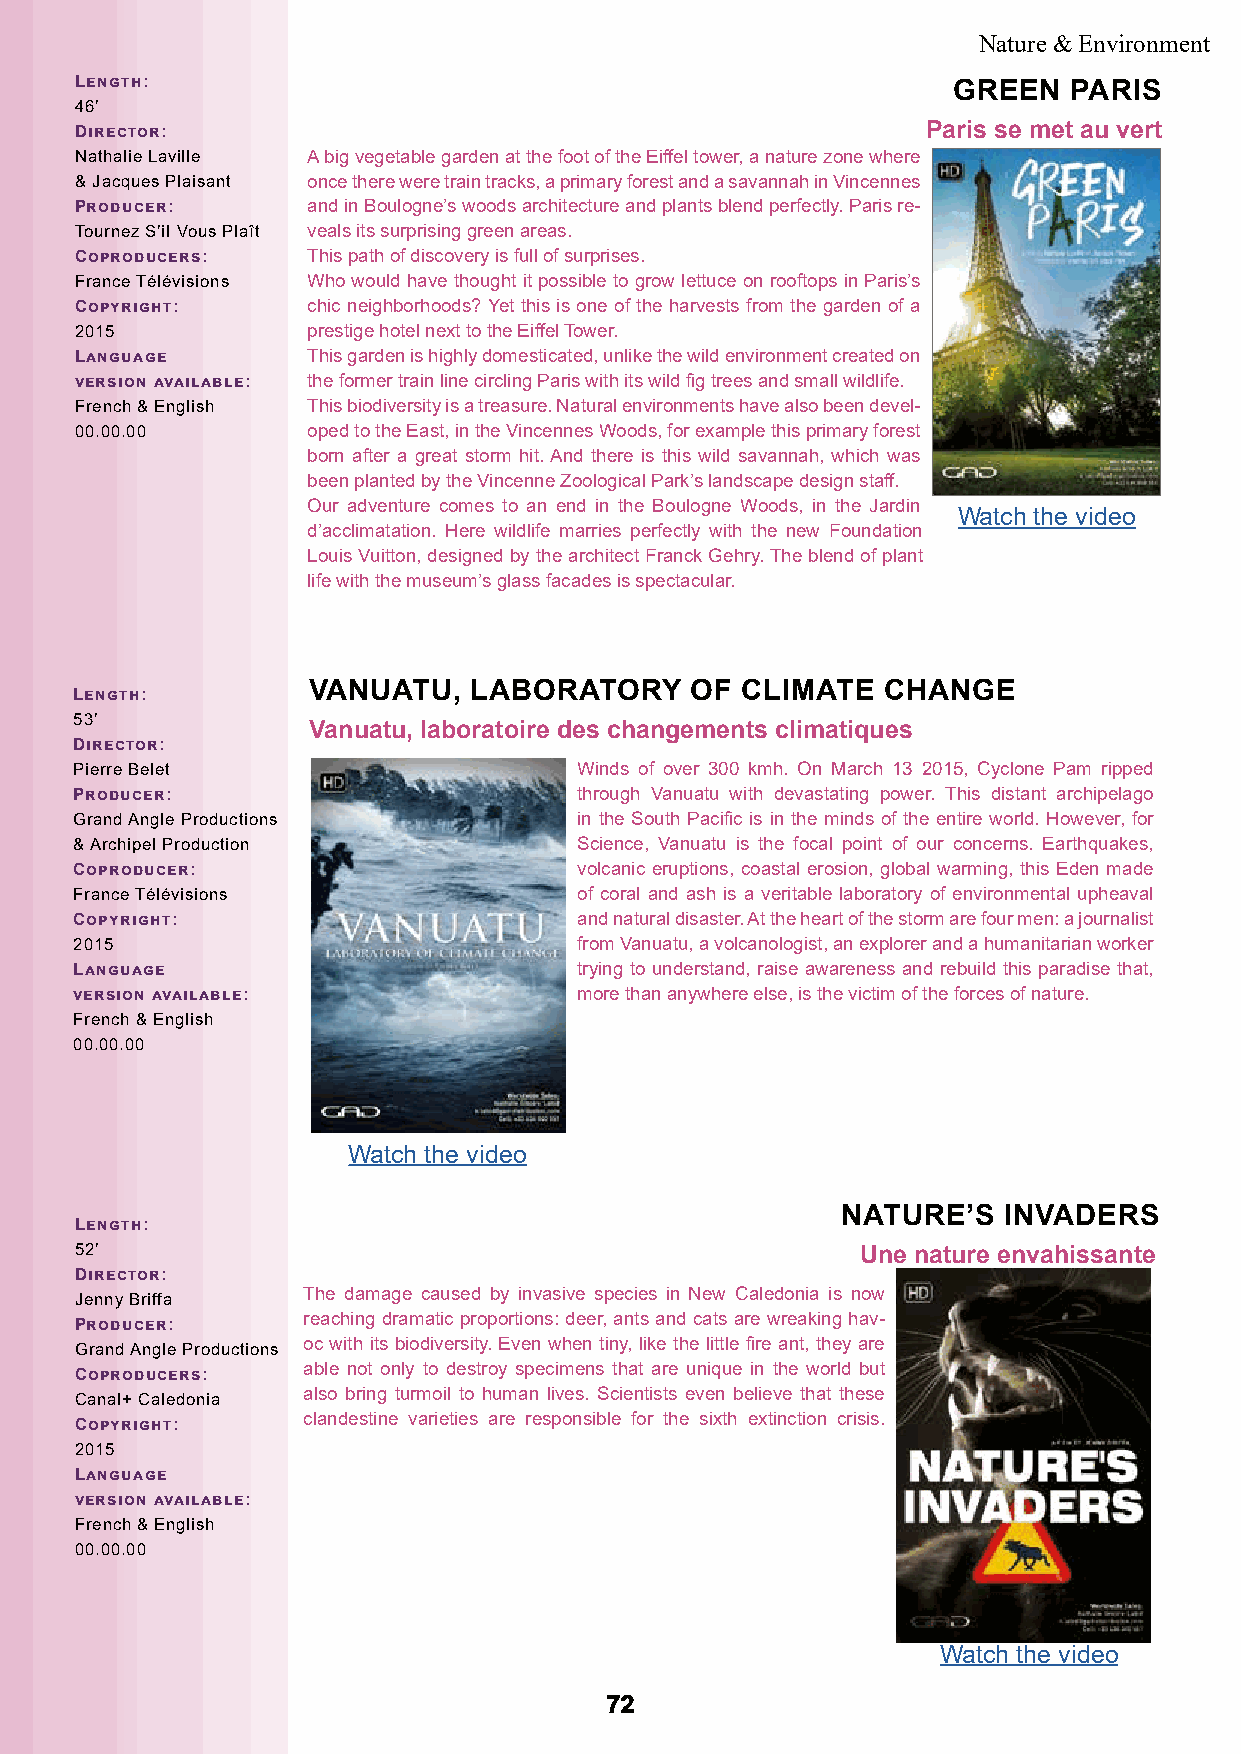
Nature & Environment
 Length:                                                   GREEN   PARIS
 46’
 Director:                                               Paris se met au vert
 Nathalie Laville A big vegetable garden at the foot of the Eiffel tower, a nature zone where
 & Jacques Plaisant once there were train tracks, a primary forest and a savannah in Vincennes
 Producer:      and in Boulogne’s woods architecture and plants blend perfectly. Paris re-
 Tournez S’il Vous Plaît veals its surprising green areas.
 Coproducers:   This path of discovery is full of surprises.
 France Télévisions Who would have thought it possible to grow lettuce on rooftops in Paris’s
 Copyright:     chic neighborhoods? Yet this is one of the harvests from the garden of a
 2015           prestige hotel next to the Eiffel Tower.
 Language       This garden is highly domesticated, unlike the wild environment created on
 version available: the former train line circling Paris with its wild fig trees and small wildlife.
 French & English This biodiversity is a treasure. Natural environments have also been devel-
 00.00.00       oped to the East, in the Vincennes Woods, for example this primary forest
 born after a great storm hit. And there is this wild savannah, which was
 been planted by the Vincenne Zoological Park’s landscape design staff.
 Our adventure comes to an end in the Boulogne Woods, in the Jardin
 Watch the video
 d’acclimatation. Here wildlife marries perfectly with the new Foundation
 Louis Vuitton, designed by the architect Franck Gehry. The blend of plant
 life with the museum’s glass facades is spectacular.
 VANUATU,   LABORATORY     OF CLIMATE  CHANGE
 Length:
 53’
 Vanuatu, laboratoire des changements climatiques
 Director:
 Pierre Belet                     Winds of over 300 kmh. On March 13 2015, Cyclone Pam ripped
 Producer:                        through Vanuatu with devastating power. This distant archipelago
 Grand Angle Productions          in the South Pacific is in the minds of the entire world. However, for
 & Archipel Production            Science, Vanuatu is the focal point of our concerns. Earthquakes,
 Coproducer:                      volcanic eruptions, coastal erosion, global warming, this Eden made
 France Télévisions               of coral and ash is a veritable laboratory of environmental upheaval
 Copyright:                       and natural disaster. At the heart of the storm are four men: a journalist
 2015                             from Vanuatu, a volcanologist, an explorer and a humanitarian worker
 Language                         trying to understand, raise awareness and rebuild this paradise that,
 version available:               more than anywhere else, is the victim of the forces of nature.
 French & English
 00.00.00
 Watch the video
 NATURE’S  INVADERS
 Length:
 52’                                                 Une nature envahissante
 Director:
 The damage caused by invasive species in New Caledonia is now
 Jenny Briffa
 reaching dramatic proportions: deer, ants and cats are wreaking hav-
 Producer:
 oc with its biodiversity. Even when tiny, like the little fire ant, they are
 Grand Angle Productions
 able not only to destroy specimens that are unique in the world but
 Coproducers:
 also bring turmoil to human lives. Scientists even believe that these
 Canal+ Caledonia
 clandestine varieties are responsible for the sixth extinction crisis.
 Copyright:
 2015
 Language
 version available:
 French & English
 00.00.00
 Watch the video
 7722